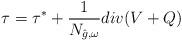
LaTeX: \begin{align*}\tau=\tau^*+\frac{1}{N_{\hat{g},\omega}}div (V+Q)\end{align*}